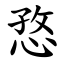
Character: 㤵